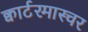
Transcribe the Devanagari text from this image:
क्वार्टरमास्चर